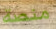
منصة